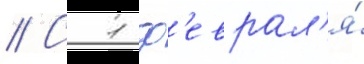
// С 1 ф'еврал'я́